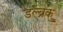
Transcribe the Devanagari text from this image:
डल्ब्रुक